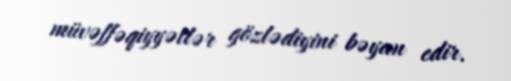
müvəffəqiyyətlər gözlədiyini bəyan edir.